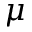
\mu